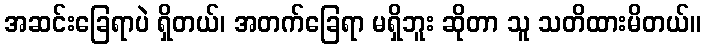
အဆင်းခြေရာပဲ ရှိတယ်၊ အတက်ခြေရာ မရှိဘူး ဆိုတာ သူ သတိထားမိတယ်။